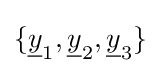
\{{\underline {y}}_{1},{\underline {y}}_{2},{\underline {y}}_{3}\}